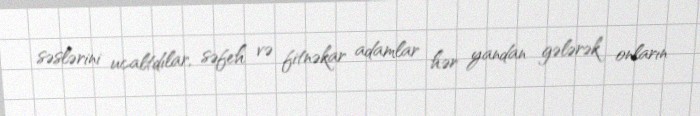
səslərini ucaltdılar, səfeh və fitnəkar adamlar hər yandan gələrək onların